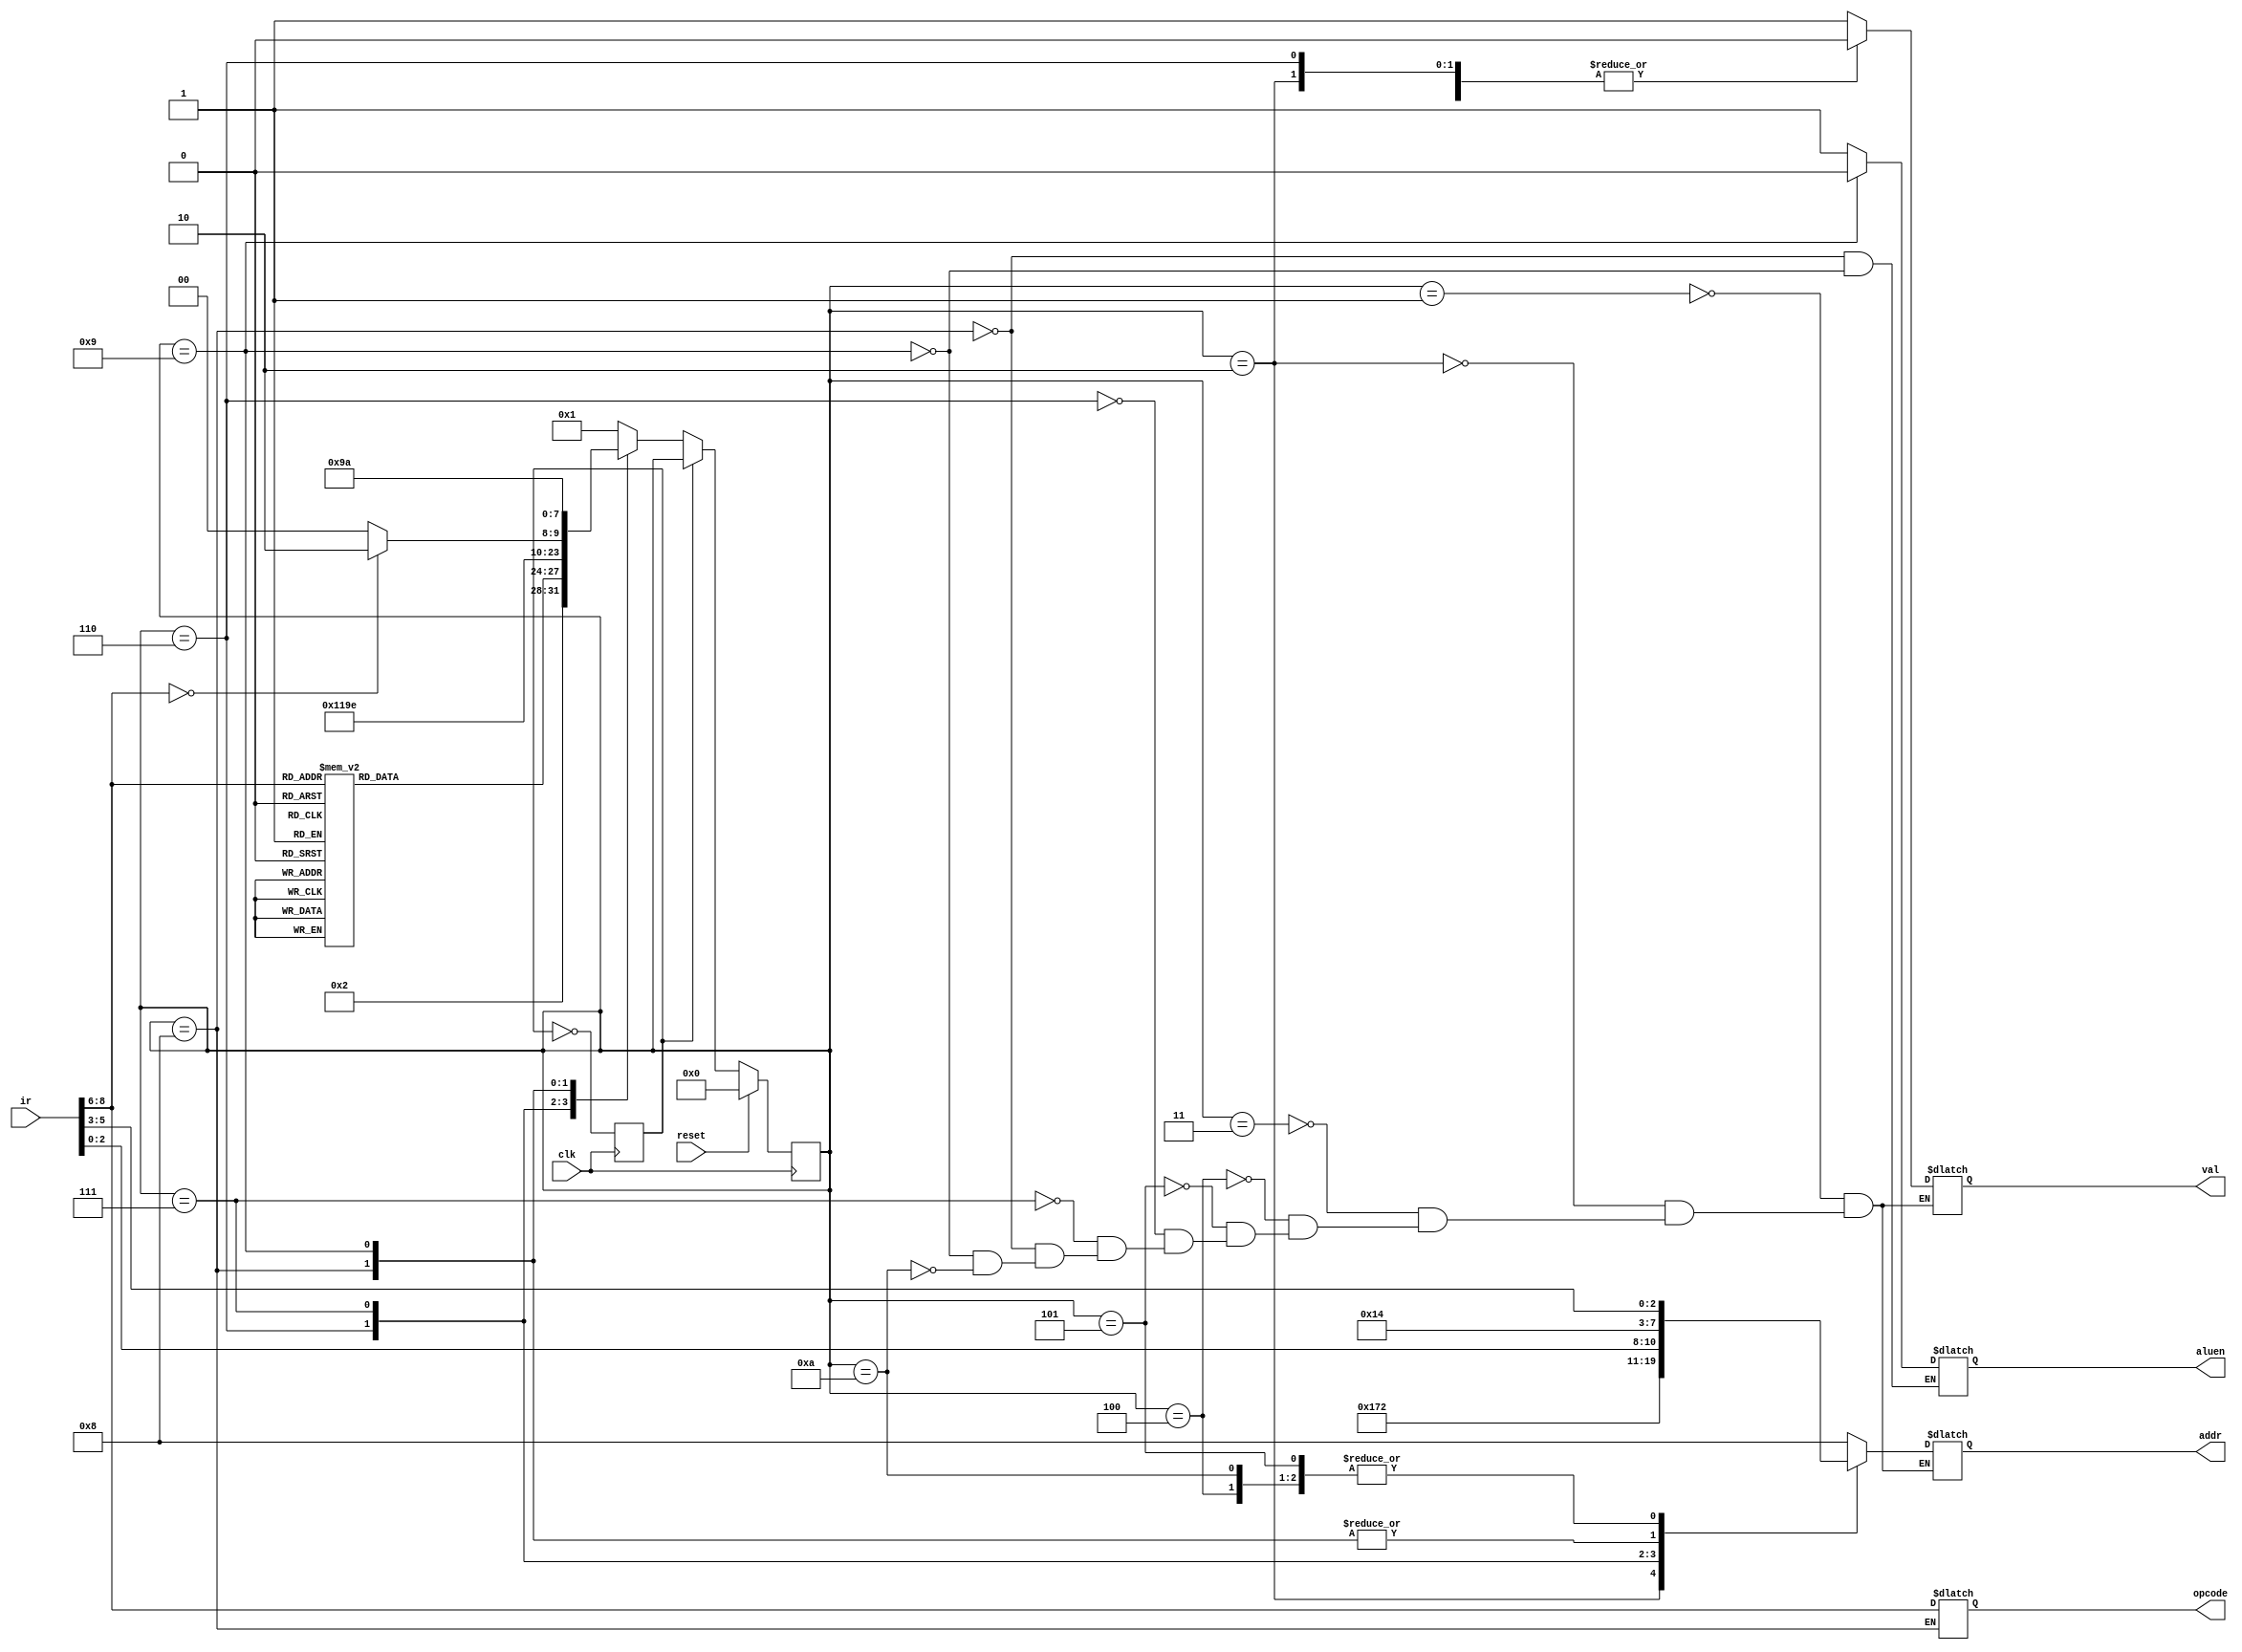
`timescale 1ns / 1ps
//////////////////////////////////////////////////////////////////////////////////
// Company: 
// Engineer: 
// 
// Design Name: 
// Module Name: control_unit
// Project Name: 
// Target Devices: 
// Tool Versions: 
// Description: 
// 
// Dependencies: 
// 
// Revision:
// Revision 0.01 - File Created
// Additional Comments:
// 
//////////////////////////////////////////////////////////////////////////////////


module control_unit(
input clk,reset,
input wire [8:0] ir,
output [3:0] addr,
output val,
output reg [2:0] opcode,
output reg aluen
    );
    
wire [3:0] addr_rx,addr_ry;
wire [2:0] instruction;
reg cc = 1'b0;
reg tmuxval;
reg [3:0] tmuxaddress;
parameter [3:0] S00 = 4'b0000;
parameter [3:0] S0 = 4'b0001;
parameter [3:0] S1 = 4'b0010;
parameter [3:0] S2 = 4'b0011;
parameter [3:0] S3 = 4'b0100;
parameter [3:0] S4 = 4'b0101;
parameter [3:0] S5 = 4'b0110;
parameter [3:0] S6 = 4'b0111;
parameter [3:0] S7 = 4'b1000;
parameter [3:0] S8 = 4'b1001;
parameter [3:0] S9 = 4'b1010;

reg [3:0] current_state = S00;
reg [3:0]next_state;

assign addr_ry = {1'b0,ir[2:0]};
assign addr_rx = {1'b0,ir[5:3]};
assign instruction = ir[8:6];

always @(posedge clk)
begin
    if(reset == 1'b1)
        current_state <= S00;
    else if(cc==1'b0)
        current_state <= next_state;
     cc <= ~cc;
end

always @(current_state,addr_rx,addr_ry,instruction,tmuxval,tmuxaddress,next_state)
begin 
    case(current_state)
        S00 : next_state<= S0;
        S0 : begin 
                next_state <=S1;
                tmuxval <=1'b1;
                tmuxaddress <= 4'b1000;
             end
        S1 : begin
                tmuxval <=1'b0;
                tmuxaddress <= 4'b1011;
                case(instruction)
                    3'b000 : next_state <= S6;
                    3'b001 : next_state <= S2;
                    3'b010 : next_state <= S4;
                    3'b011 : next_state <= S4;
                    3'b100 : next_state <= S4;
                    3'b101 : next_state <= S4;
                    3'b110 : next_state <= S4;
                    3'b111 : next_state <= S4;
                    default : next_state <=S0;
                endcase
             end
        S2 : begin 
                tmuxval <= 1'b1;
                tmuxaddress <=4'b1000;
                next_state <= S3;
             end
        S3 : begin
                tmuxval<=1'b0;
                tmuxaddress <= addr_rx;
                next_state <= S0;
             end
        S4 : begin
                tmuxval <= 1'b1;
                tmuxaddress <= addr_rx;
                next_state <= S5;
             end
        S5 : begin
                tmuxval <= 1'b0;
                tmuxaddress <= 4'b1001;
                next_state <= S6;
             end
        S6: begin 
                tmuxval<=1'b1;
                tmuxaddress <= addr_ry;
                case(instruction)
                    3'b000: next_state <=S9;
                    default : next_state <=S7;
                endcase
            end
        S7: begin
                aluen <= 1'b1;
                opcode <= instruction;
                tmuxval <= 1'bZ;
                tmuxaddress <= 4'b1010;
                next_state <= S8;
            end
        S8: begin
                aluen <= 1'b0;
                tmuxval<= 1'b1;
                tmuxaddress <= 4'b1010;
                next_state <= S9;
            end
        S9 : begin 
                tmuxval <= 1'b0;
                tmuxaddress <= addr_rx;
                next_state <= S0;
             end
        default : next_state <= S0;
        
     endcase
end
assign addr = tmuxaddress;
assign val = tmuxval;

                   
             
                


endmodule